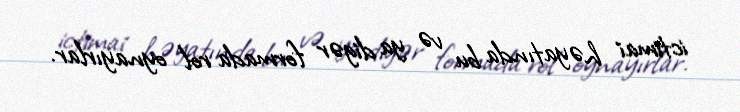
ictimai həyatında bu və ya digər formada rol oynayırlar.